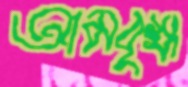
আমবৃক্ষ